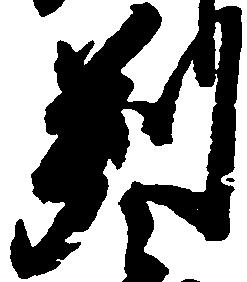
判